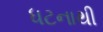
ધટનાથી